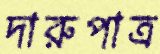
দারুপাত্র